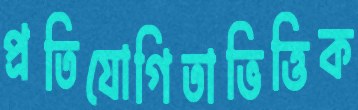
প্রতিযোগিতাভিত্তিক